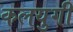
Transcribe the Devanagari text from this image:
कलयुगी